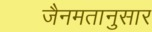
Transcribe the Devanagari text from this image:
जैनमतानुसार